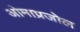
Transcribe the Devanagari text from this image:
ओमाप्रजोल